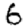
Digit: 6